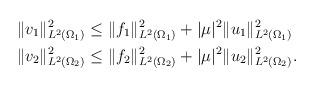
LaTeX: \begin{align*}&\|v_{1}\|_{L^{2}(\Omega_{1})}^{2}\leq \|f_{1}\|_{L^{2}(\Omega_{1})}^{2}+|\mu|^{2}\|u_{1}\|_{L^{2}(\Omega_{1})}^{2}\\&\|v_{2}\|_{L^{2}(\Omega_{2})}^{2}\leq \|f_{2}\|_{L^{2}(\Omega_{2})}^{2}+|\mu|^{2}\|u_{2}\|_{L^{2}(\Omega_{2})}^{2}.\end{align*}